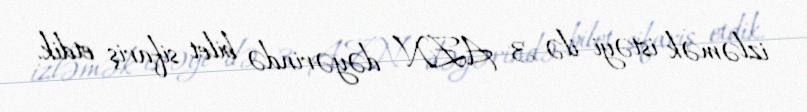
izləmək istəyi ilə 3 AZN dəyərində bilet sifariş etdik.